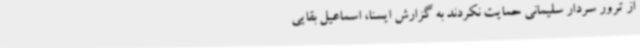
از ترور سردار سلیمانی حمایت نکردند به گزارش ایسنا، اسماعیل بقایی